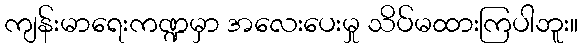
ကျန်းမာရေးကဏ္ဍမှာ အလေးပေးမှု သိပ်မထားကြပါဘူး။